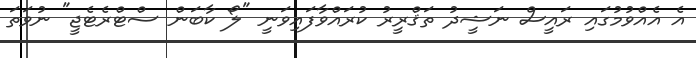
އެ އެއްވުމުގައި ރައީސް ނަޝީދު ތަޤްރީރު ކުރައްވާފައިވަނީ "ލޯ ކާބަން ސްޓްރެޓެޖީ" ނުވަތަ